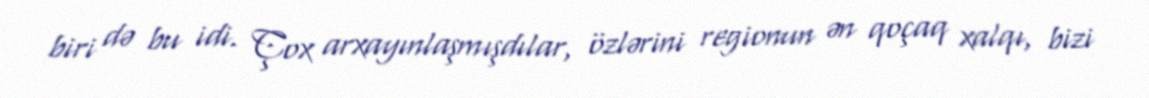
biri də bu idi. Çox arxayınlaşmışdılar, özlərini regionun ən qoçaq xalqı, bizi